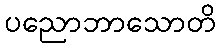
ပညောဘာသောတိ